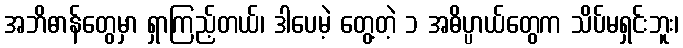
အဘိဓာန်တွေမှာ ရှာကြည့်တယ်၊ ဒါပေမဲ့ တွေ့တဲ့ ၁ အဓိပ္ပာယ်တွေက သိပ်မရှင်းဘူး၊